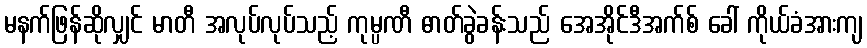
မနက်ဖြန်ဆိုလျှင် မာတီ အလုပ်လုပ်သည့် ကုမ္ပဏီ ဓာတ်ခွဲခန်းသည် အေအိုင်ဒီအက်စ် ခေါ် ကိုယ်ခံအားကျ